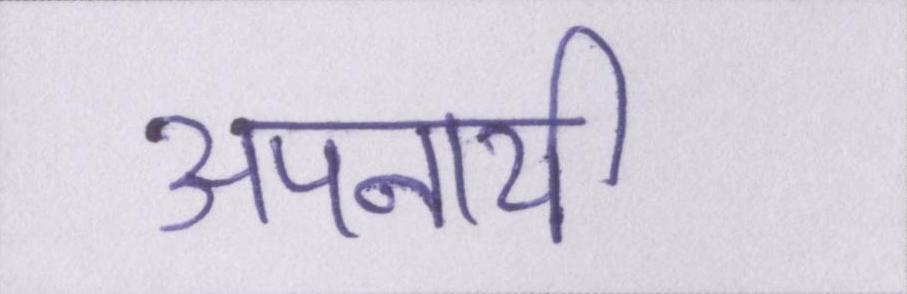
अपनायी